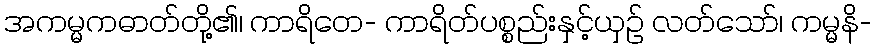
အကမ္မကဓာတ်တို့၏၊ ကာရိတေ- ကာရိတ်ပစ္စည်းနှင့်ယှဉ် လတ်သော်၊ ကမ္မနိ-